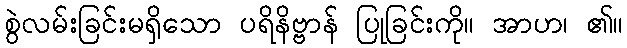
စွဲလမ်းခြင်းမရှိသော ပရိနိဗ္ဗာန် ပြုခြင်းကို။ အာဟ၊ ၏။